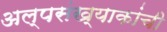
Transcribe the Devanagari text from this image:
अल्पसंख्याकांची